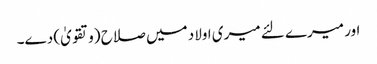
اور میرے لئے میری اولاد میں صلاح (وتقویٰ) دے۔